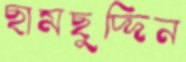
ছামছুদ্দিন